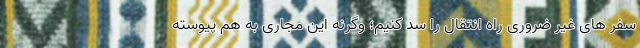
سفر های غیر ضروری راه انتقال را سد کنیم؛ وگرنه این مجاری به هم پیوسته